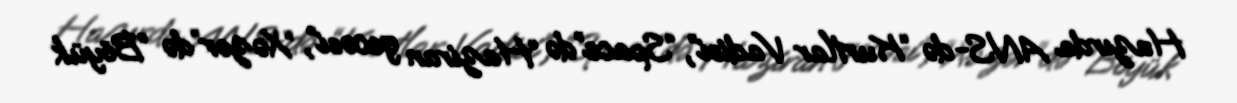
Hazırda ANS-də “Kurtlar Vadisi”, “Space”də “Haziran gecəsi”, “Xəzər”də “Böyük